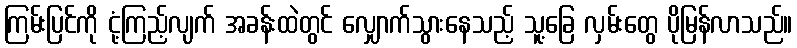
ကြမ်းပြင်ကို ငုံ့ကြည့်လျက် အခန်းထဲတွင် လျှောက်သွားနေသည့် သူ့ခြေ လှမ်းတွေ ပိုမြန်လာသည်။